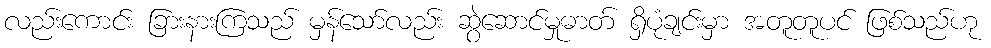
လည်းကောင်း ခြားနားကြသည် မှန်သော်လည်း ဆွဲဆောင်မှုဓာတ် ရှိပုံချင်းမှာ အတူတူပင် ဖြစ်သည်ဟု